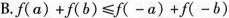
B.$$f ( a ) + f ( b ) ≤ [ f ( - a ) + f ( - b ) ]$$